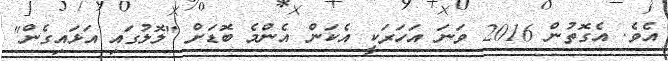
އެވެ. އެގޮތުން 2016 ވަނަ އަހަރަކީ އެކަން އެންމެ ބޮޑަށް "ލޮލުގައި އަޅައިގެން"